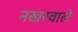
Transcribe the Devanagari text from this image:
नखरवाले